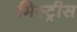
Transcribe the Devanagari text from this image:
मिस्ट्रीस